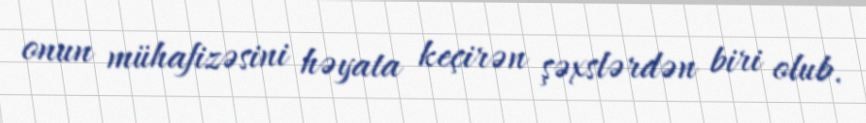
onun mühafizəsini həyata keçirən şəxslərdən biri olub.